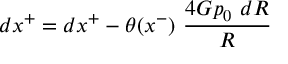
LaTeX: d x ^ { + } = d x ^ { + } - \theta ( x ^ { - } ) ~ { \frac { 4 G p _ { 0 } ~ d R } { R } }